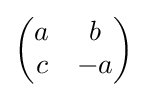
{\begin{pmatrix}a&b\\c&-a\end{pmatrix}}